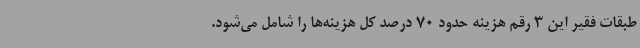
طبقات فقیر این 3 رقم هزینه حدود 70 درصد کل هزینه‌ها را شامل می‌شود.